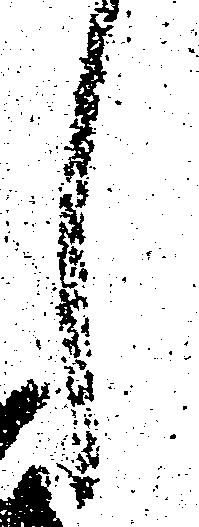
し